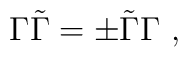
\Gamma\tilde\Gamma=\pm\tilde\Gamma\Gamma\ ,